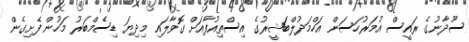
ސޫދާނުގެ ރައީސް އުމަރުހަސަން އަހްމަދުލްބަޝީރުގެ އިސްތިއުފާއަށް ގޮވާލައި މިދިޔަ ޑިސެމްބަރު މަހުން ފެށިގެން